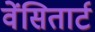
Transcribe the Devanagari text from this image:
वेंसितार्ट